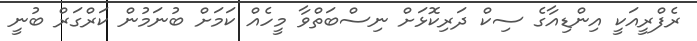
ރެފްރީއަކީ އިންޑިއާގެ ސިކް ދަރިކޮޅަށް ނިސްބަތްވާ މީހެއް ކަމަށް ބުނަމުން ކަރްގަރް ބުނީ